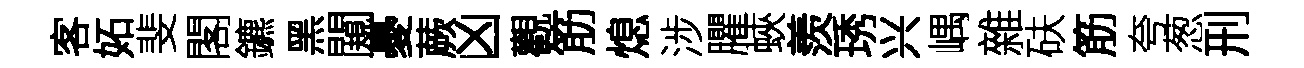
客妬斐閣鑣黑闚憂蕨凶觀筋熄涉臞蛺羨琇兴嵎雜砆筋夸葱刑